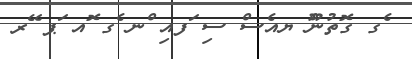
ެގ ގޮތުންޫ ޔއެސް ސި ަފއި ްނ ެގ ޮއ ަޕ ޭރ